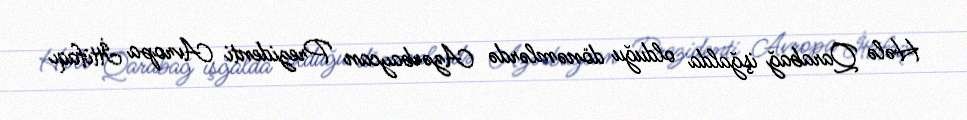
Hələ Qarabağ işğalda olduğu dönəmlərdə Azərbaycan Prezidenti Avropa İttifaqı